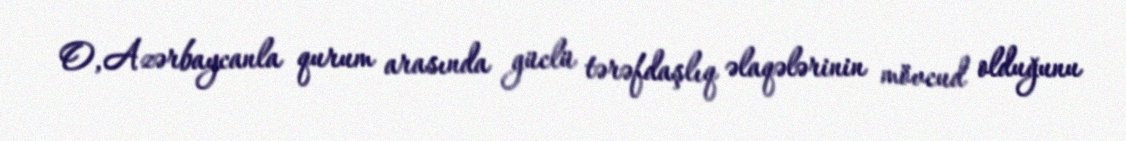
O, Azərbaycanla qurum arasında güclü tərəfdaşlıq əlaqələrinin mövcud olduğunu